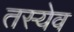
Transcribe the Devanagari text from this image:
तस्येव